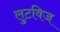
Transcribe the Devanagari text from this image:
लुटविज